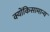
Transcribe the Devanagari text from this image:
क्योंकिसामान्य